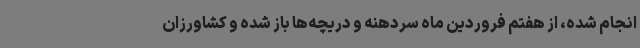
انجام شده، از هفتم فروردین ماه سردهنه و دریچه‌ها باز شده و کشاورزان